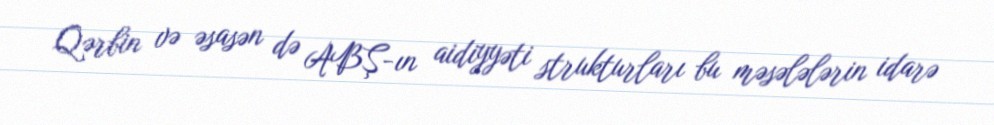
Qərbin və əsasən də ABŞ-ın aidiyyəti strukturları bu məsələlərin idarə